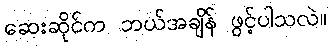
ဆေးဆိုင်က ဘယ်အချိန် ဖွင့်ပါသလဲ။